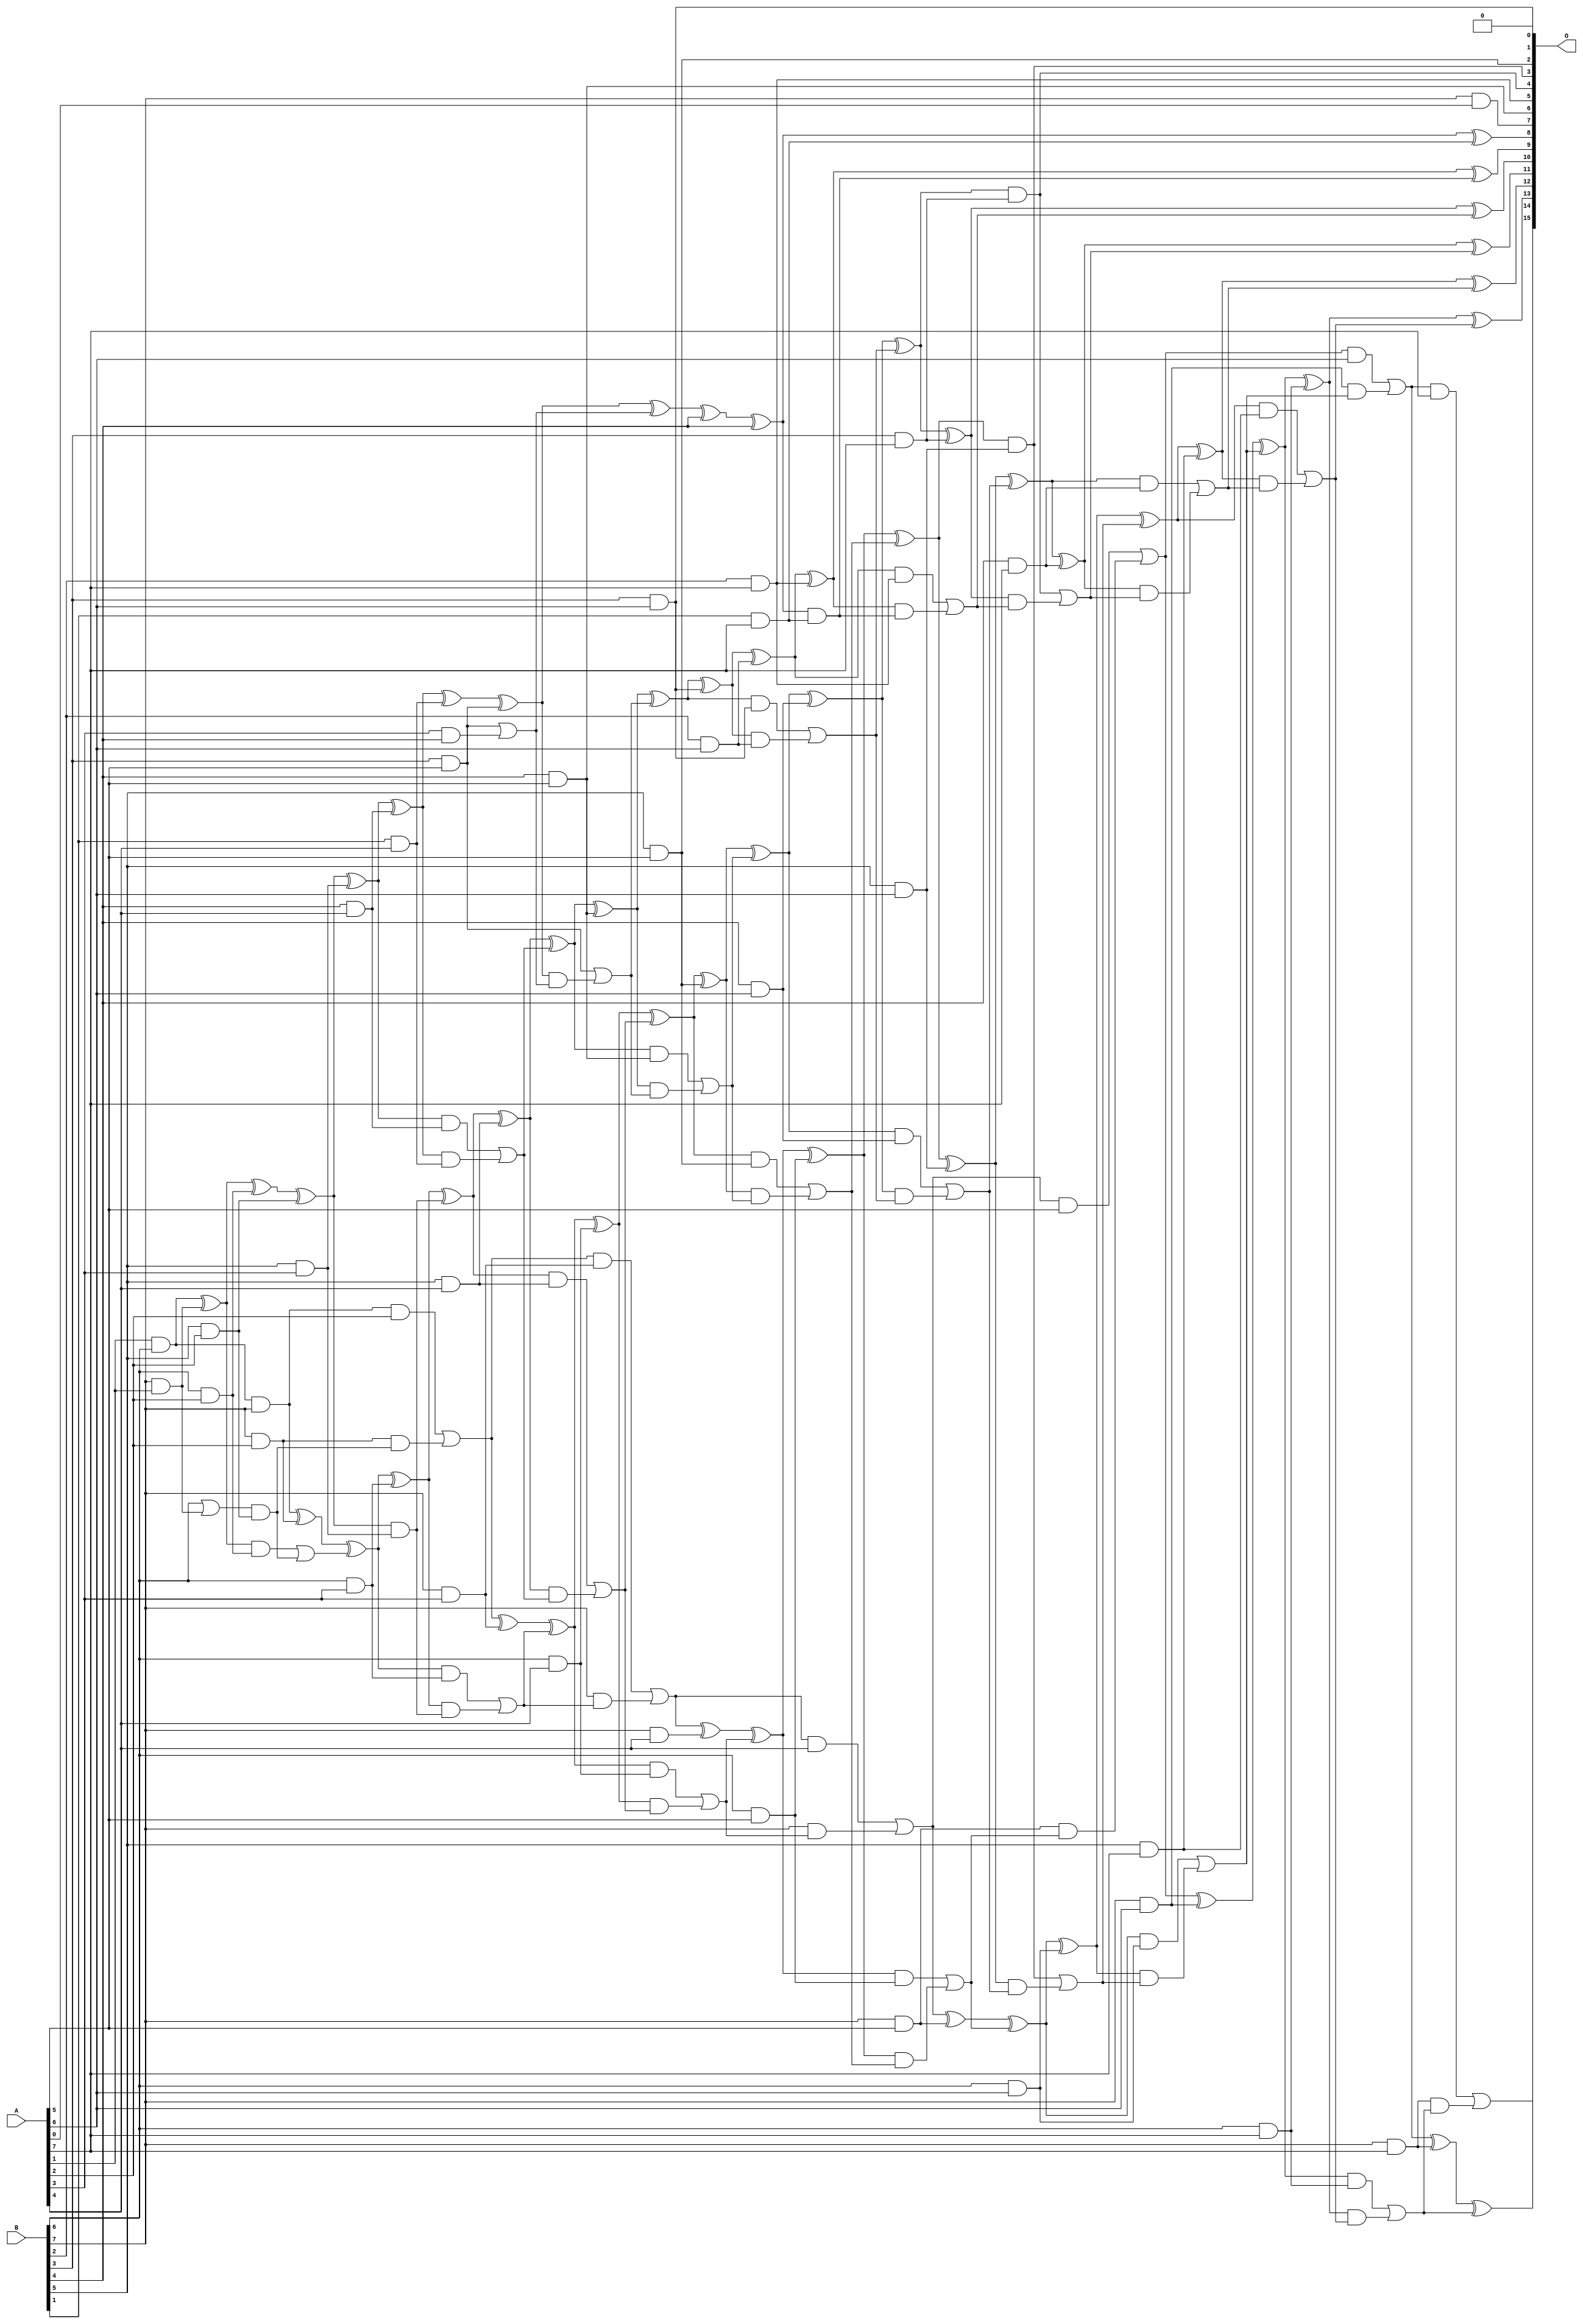
/***
* This code is a part of EvoApproxLib library (ehw.fit.vutbr.cz/approxlib) distributed under The MIT License.
* When used, please cite the following article(s): V. Mrazek, R. Hrbacek, Z. Vasicek and L. Sekanina, "EvoApprox8b: Library of approximate adders and multipliers for circuit design and benchmarking of approximation methods". Design, Automation & Test in Europe Conference & Exhibition (DATE), 2017, Lausanne, 2017, pp. 258-261. doi: 10.23919/DATE.2017.7926993 
* This file contains a circuit from a sub-set of pareto optimal circuits with respect to the pwr and mse parameters
***/
// MAE% = 0.20 %
// MAE = 134 
// WCE% = 0.89 %
// WCE = 585 
// WCRE% = 700.00 %
// EP% = 98.16 %
// MRE% = 4.73 %
// MSE = 27987 
// PDK45_PWR = 0.195 mW
// PDK45_AREA = 401.7 um2
// PDK45_DELAY = 1.52 ns

module mul8u_DM1 (
    A,
    B,
    O
);

input [7:0] A;
input [7:0] B;
output [15:0] O;

wire sig_31,sig_60,sig_63,sig_64,sig_68,sig_71,sig_72,sig_73,sig_101,sig_102,sig_103,sig_104,sig_105,sig_106,sig_107,sig_108,sig_109,sig_110,sig_112,sig_117;
wire sig_118,sig_141,sig_142,sig_146,sig_147,sig_148,sig_149,sig_150,sig_151,sig_152,sig_153,sig_154,sig_155,sig_157,sig_160,sig_161,sig_162,sig_163,sig_172,sig_181;
wire sig_182,sig_183,sig_184,sig_185,sig_186,sig_187,sig_188,sig_189,sig_190,sig_191,sig_192,sig_193,sig_194,sig_195,sig_196,sig_197,sig_198,sig_199,sig_200,sig_203;
wire sig_204,sig_206,sig_207,sig_208,sig_220,sig_221,sig_223,sig_224,sig_225,sig_226,sig_227,sig_228,sig_229,sig_230,sig_231,sig_232,sig_233,sig_234,sig_235,sig_236;
wire sig_237,sig_238,sig_239,sig_240,sig_241,sig_242,sig_243,sig_244,sig_245,sig_248,sig_249,sig_250,sig_251,sig_252,sig_253,sig_261,sig_264,sig_266,sig_267,sig_268;
wire sig_269,sig_270,sig_271,sig_272,sig_273,sig_274,sig_275,sig_276,sig_277,sig_278,sig_279,sig_280,sig_281,sig_282,sig_283,sig_284,sig_285,sig_286,sig_287,sig_288;
wire sig_289,sig_290,sig_291,sig_292,sig_293,sig_294,sig_295,sig_296,sig_297,sig_298,sig_301,sig_302,sig_306,sig_307,sig_308,sig_309,sig_310,sig_311,sig_312,sig_313;
wire sig_314,sig_315,sig_316,sig_317,sig_318,sig_319,sig_320,sig_321,sig_322,sig_323,sig_324,sig_325,sig_326,sig_327,sig_328,sig_329,sig_330,sig_331,sig_332,sig_333;
wire sig_334,sig_335;

assign sig_31 = B[7] & A[1];
assign sig_60 = A[1] & B[6];
assign sig_63 = sig_60 & B[7];
assign sig_64 = sig_60 ^ sig_31;
assign sig_68 = B[6] | sig_31;
assign sig_71 = B[5] & A[2];
assign sig_72 = B[6] & A[2];
assign sig_73 = B[7] & A[2];
assign sig_101 = sig_64 ^ sig_72;
assign sig_102 = sig_64 & sig_72;
assign sig_103 = sig_68 & sig_71;
assign sig_104 = sig_101 ^ sig_71;
assign sig_105 = sig_102 | sig_103;
assign sig_106 = sig_63 ^ sig_73;
assign sig_107 = sig_63 & A[2];
assign sig_108 = sig_73 & sig_103;
assign sig_109 = sig_106 ^ sig_105;
assign sig_110 = sig_107 | sig_108;
assign sig_112 = B[5] & A[3];
assign sig_117 = B[6] & A[3];
assign sig_118 = B[7] & A[3];
assign sig_141 = sig_104 ^ sig_112;
assign sig_142 = sig_104 & sig_112;
assign sig_146 = sig_109 ^ sig_117;
assign sig_147 = sig_109 & sig_117;
assign sig_148 = sig_146 & sig_142;
assign sig_149 = sig_146 ^ sig_142;
assign sig_150 = sig_147 | sig_148;
assign sig_151 = sig_110 ^ sig_118;
assign sig_152 = sig_110 & sig_118;
assign sig_153 = B[7] & sig_150;
assign sig_154 = sig_151 ^ sig_150;
assign sig_155 = sig_152 | sig_153;
assign sig_157 = B[1] & A[4];
assign sig_160 = B[4] & A[4];
assign sig_161 = B[5] & A[4];
assign sig_162 = B[6] & A[4];
assign sig_163 = B[7] & A[4];
assign sig_172 = A[3] & B[4];
assign sig_181 = sig_141 ^ sig_160;
assign sig_182 = sig_141 & sig_160;
assign sig_183 = sig_181 & sig_157;
assign sig_184 = sig_181 ^ sig_157;
assign sig_185 = sig_182 | sig_183;
assign sig_186 = sig_149 ^ sig_161;
assign sig_187 = sig_149 & sig_161;
assign sig_188 = sig_186 & sig_185;
assign sig_189 = sig_186 ^ sig_185;
assign sig_190 = sig_187 | sig_188;
assign sig_191 = sig_154 ^ sig_162;
assign sig_192 = sig_154 & sig_162;
assign sig_193 = sig_191 & sig_190;
assign sig_194 = sig_191 ^ sig_190;
assign sig_195 = sig_192 | sig_193;
assign sig_196 = sig_155 ^ sig_163;
assign sig_197 = sig_155 & A[4];
assign sig_198 = B[7] & sig_195;
assign sig_199 = sig_196 ^ sig_195;
assign sig_200 = sig_197 | sig_198;
assign sig_203 = B[4] & A[5];
assign sig_204 = B[3] & A[5];
assign sig_206 = B[5] & A[5];
assign sig_207 = B[6] & A[5];
assign sig_208 = B[7] & A[5];
assign sig_220 = sig_204 | sig_172;
assign sig_221 = sig_184 ^ sig_204;
assign sig_223 = sig_221 & sig_220;
assign sig_224 = sig_221 ^ sig_220;
assign sig_225 = sig_204 | sig_223;
assign sig_226 = sig_189 ^ sig_203;
assign sig_227 = sig_189 & sig_203;
assign sig_228 = sig_226 & sig_225;
assign sig_229 = sig_226 ^ sig_225;
assign sig_230 = sig_227 | sig_228;
assign sig_231 = sig_194 ^ sig_206;
assign sig_232 = sig_194 & sig_206;
assign sig_233 = sig_231 & sig_230;
assign sig_234 = sig_231 ^ sig_230;
assign sig_235 = sig_232 | sig_233;
assign sig_236 = sig_199 ^ sig_207;
assign sig_237 = sig_199 & sig_207;
assign sig_238 = sig_236 & sig_235;
assign sig_239 = sig_236 ^ sig_235;
assign sig_240 = sig_237 | sig_238;
assign sig_241 = sig_200 ^ sig_208;
assign sig_242 = sig_200 & A[5];
assign sig_243 = sig_208 & sig_240;
assign sig_244 = sig_241 ^ sig_240;
assign sig_245 = sig_242 | sig_243;
assign sig_248 = B[2] & A[6];
assign sig_249 = B[3] & A[6];
assign sig_250 = B[4] & A[6];
assign sig_251 = B[5] & A[6];
assign sig_252 = B[6] & A[6];
assign sig_253 = B[7] & A[6];
assign sig_261 = sig_224 ^ B[4];
assign sig_264 = sig_261 ^ B[4];
assign sig_266 = sig_229 ^ sig_249;
assign sig_267 = sig_229 & sig_249;
assign sig_268 = sig_266 & sig_248;
assign sig_269 = sig_266 ^ sig_248;
assign sig_270 = sig_267 | sig_268;
assign sig_271 = sig_234 ^ sig_250;
assign sig_272 = sig_234 & sig_250;
assign sig_273 = sig_271 & sig_270;
assign sig_274 = sig_271 ^ sig_270;
assign sig_275 = sig_272 | sig_273;
assign sig_276 = sig_239 ^ sig_251;
assign sig_277 = sig_239 & sig_251;
assign sig_278 = sig_276 & sig_275;
assign sig_279 = sig_276 ^ sig_275;
assign sig_280 = sig_277 | sig_278;
assign sig_281 = sig_244 ^ sig_252;
assign sig_282 = sig_244 & sig_252;
assign sig_283 = sig_281 & sig_280;
assign sig_284 = sig_281 ^ sig_280;
assign sig_285 = sig_282 | sig_283;
assign sig_286 = sig_245 ^ sig_253;
assign sig_287 = sig_245 & A[6];
assign sig_288 = sig_253 & sig_285;
assign sig_289 = sig_286 ^ sig_285;
assign sig_290 = sig_287 | sig_288;
assign sig_291 = B[7] & A[0];
assign sig_292 = B[1] & A[7];
assign sig_293 = B[2] & A[7];
assign sig_294 = B[3] & A[7];
assign sig_295 = B[4] & A[7];
assign sig_296 = B[5] & A[7];
assign sig_297 = B[6] & A[7];
assign sig_298 = B[7] & A[7];
assign sig_301 = sig_264 ^ sig_292;
assign sig_302 = sig_264 & sig_292;
assign sig_306 = sig_269 ^ sig_293;
assign sig_307 = sig_269 & sig_293;
assign sig_308 = sig_306 & sig_302;
assign sig_309 = sig_306 ^ sig_302;
assign sig_310 = sig_307 | sig_308;
assign sig_311 = sig_274 ^ sig_294;
assign sig_312 = sig_274 & sig_294;
assign sig_313 = sig_311 & sig_310;
assign sig_314 = sig_311 ^ sig_310;
assign sig_315 = sig_312 | sig_313;
assign sig_316 = sig_279 ^ sig_295;
assign sig_317 = sig_279 & sig_295;
assign sig_318 = sig_316 & sig_315;
assign sig_319 = sig_316 ^ sig_315;
assign sig_320 = sig_317 | sig_318;
assign sig_321 = sig_284 ^ sig_296;
assign sig_322 = sig_284 & sig_296;
assign sig_323 = sig_321 & sig_320;
assign sig_324 = sig_321 ^ sig_320;
assign sig_325 = sig_322 | sig_323;
assign sig_326 = sig_289 ^ sig_297;
assign sig_327 = sig_289 & sig_297;
assign sig_328 = sig_326 & sig_325;
assign sig_329 = sig_326 ^ sig_325;
assign sig_330 = sig_327 | sig_328;
assign sig_331 = sig_290 ^ sig_298;
assign sig_332 = sig_290 & A[7];
assign sig_333 = sig_298 & sig_330;
assign sig_334 = sig_331 ^ sig_330;
assign sig_335 = sig_332 | sig_333;

assign O[15] = sig_335;
assign O[14] = sig_334;
assign O[13] = sig_329;
assign O[12] = sig_324;
assign O[11] = sig_319;
assign O[10] = sig_314;
assign O[9] = sig_309;
assign O[8] = sig_301;
assign O[7] = sig_291;
assign O[6] = sig_203;
assign O[5] = sig_293;
assign O[4] = sig_312;
assign O[3] = sig_277;
assign O[2] = sig_206;
assign O[1] = 1'b0;
assign O[0] = sig_249;

endmodule